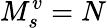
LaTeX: M_{s}^{v}=N